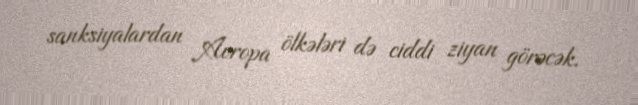
sanksiyalardan Avropa ölkələri də ciddi ziyan görəcək.